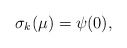
\begin{align*}\sigma_k(\mu)=\psi(0),\end{align*}